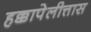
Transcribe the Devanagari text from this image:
हक्कापेलीत्तास